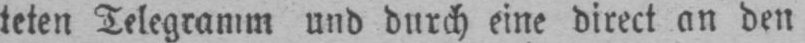
teten Telegramm und durch eine direct an den